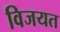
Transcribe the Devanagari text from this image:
विजयत